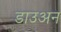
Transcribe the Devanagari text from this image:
डाउअन